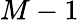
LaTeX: M-1